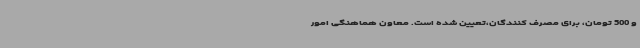
و 500 تومان، برای مصرف کنندگان،تعیین شده است. معاون هماهنگی امور